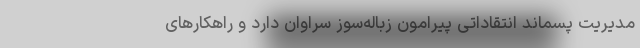
مدیریت پسماند انتقاداتی پیرامون زباله‌سوز سراوان دارد و راهکارهای